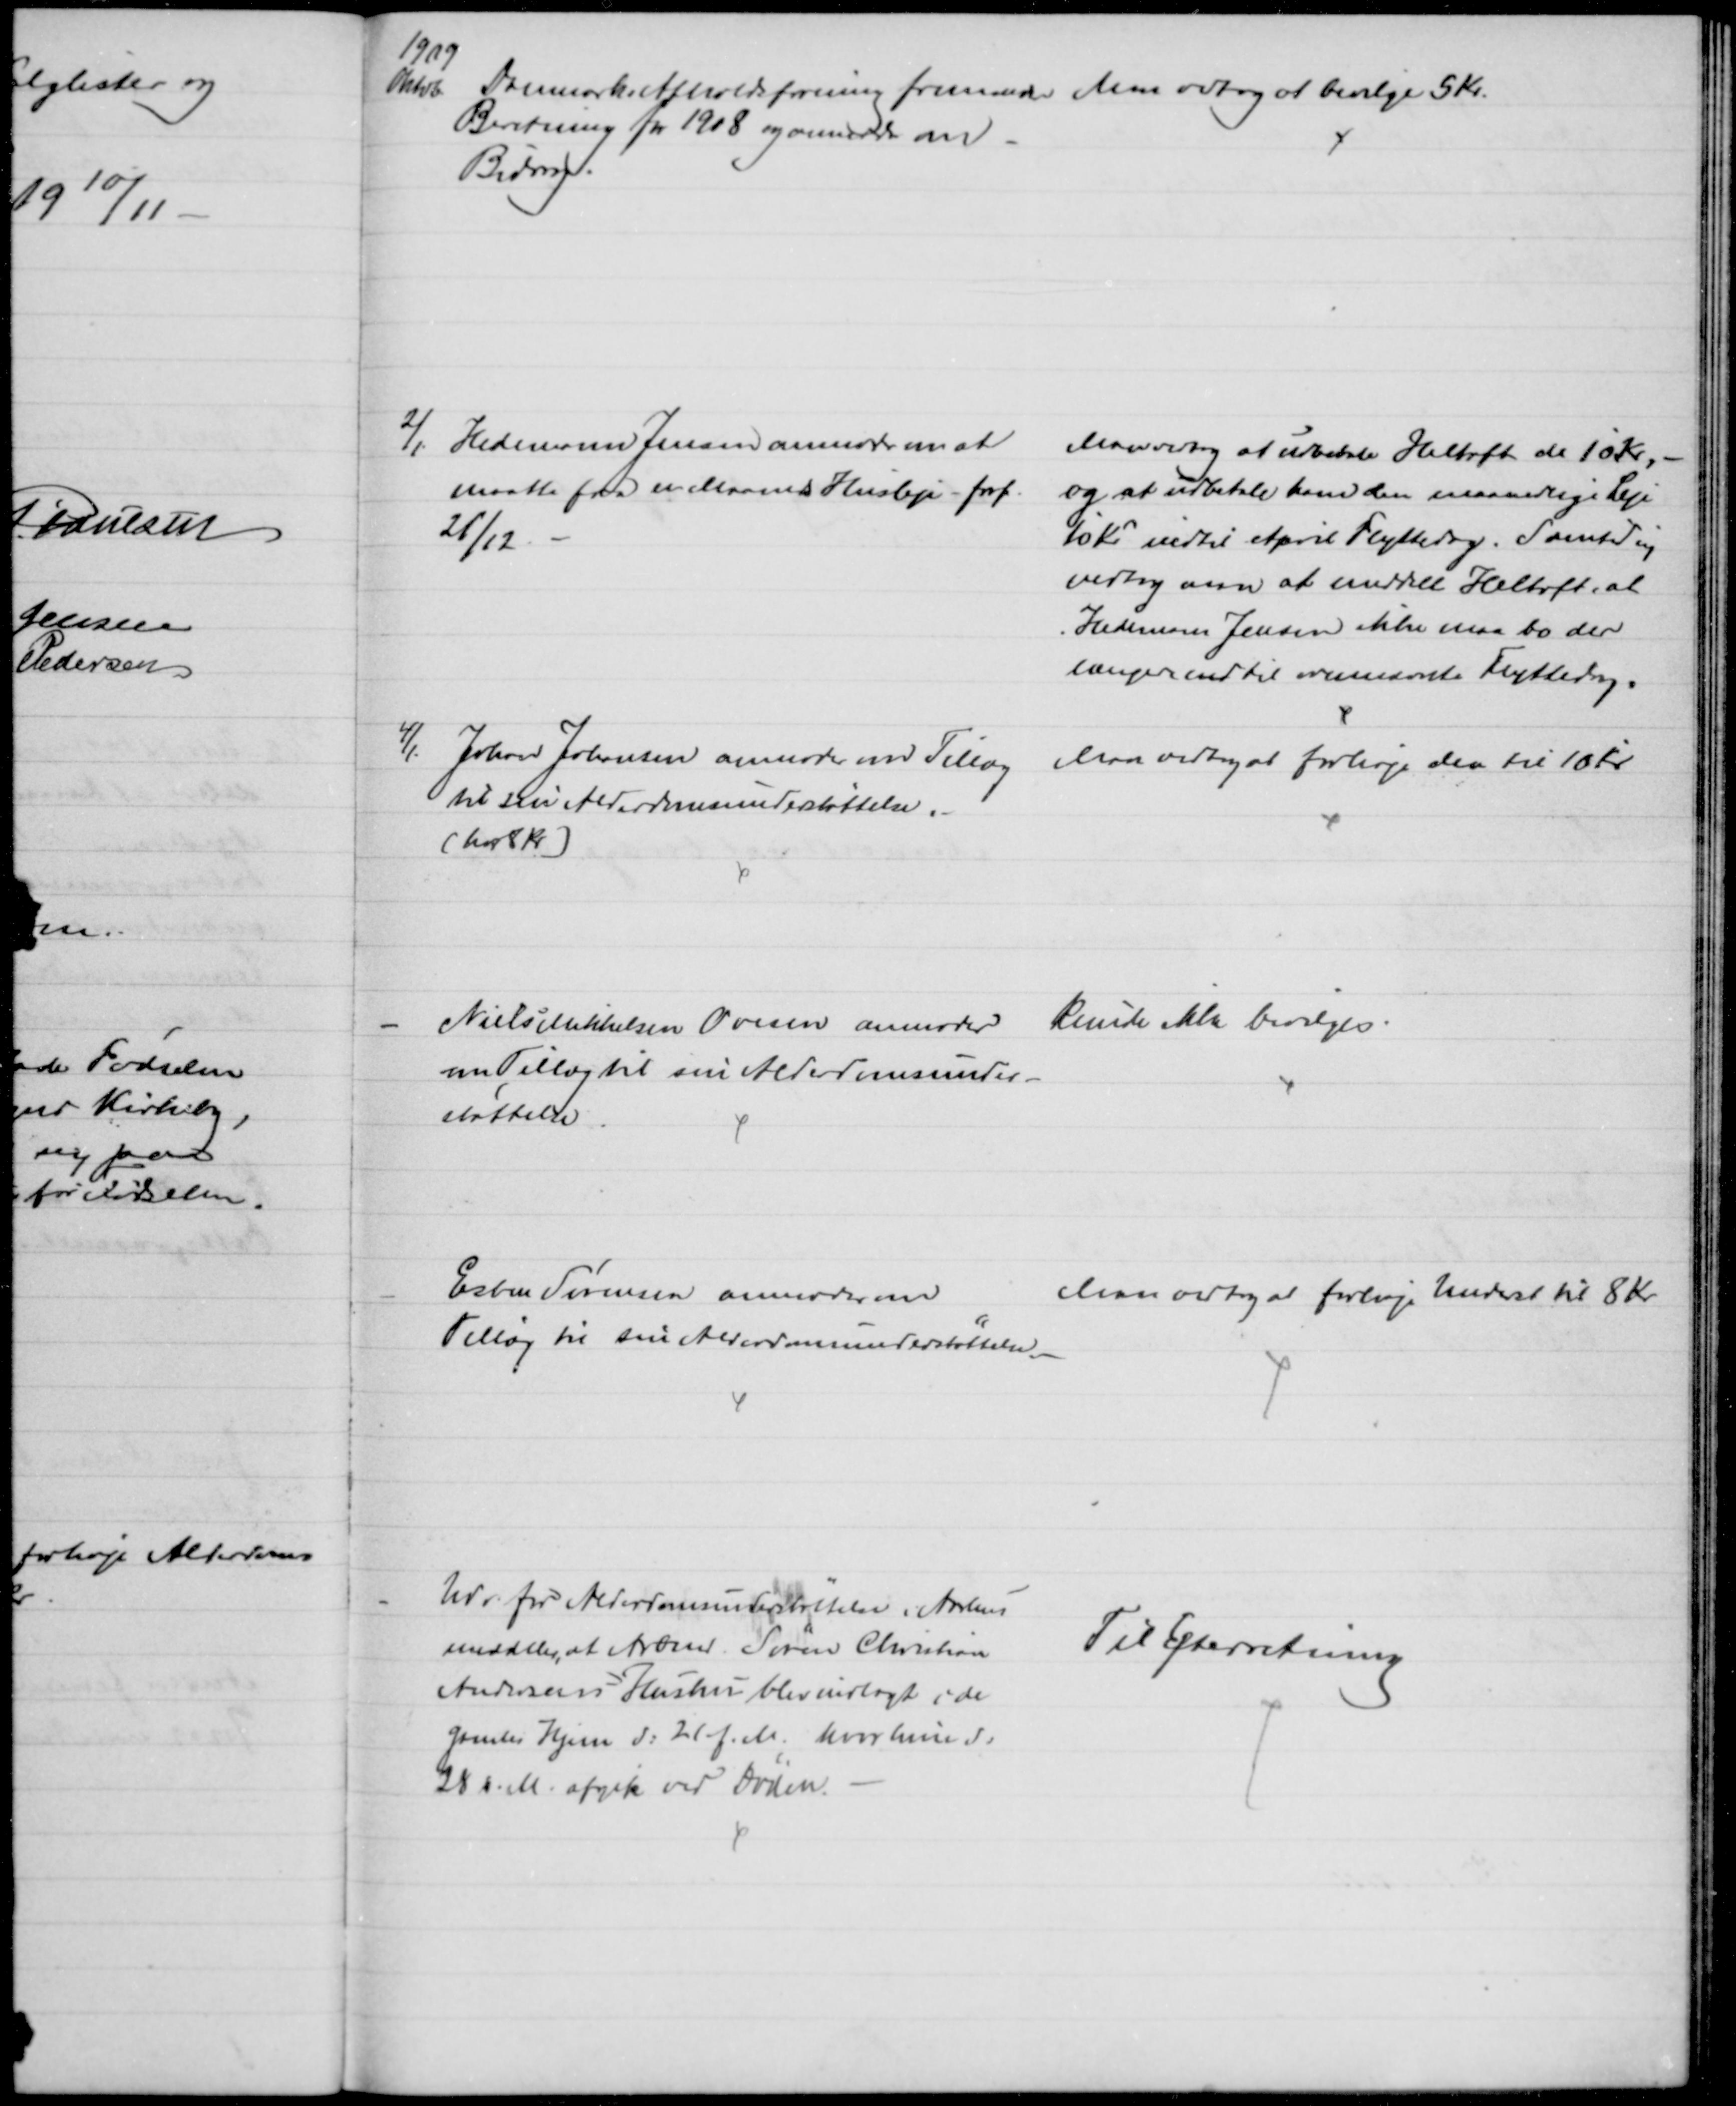
Transskription:
1909
Oktob. Danmarks Afholdsforening fremsender 
Beretning for 1908 og anmoder om
Bidrag.
Men vedtog at bevilge 5 Kr.
2/1 Hedemann Jensen anmoder om at
maatte faa en Maaneds Husleje - forf
21/12
Man vedtog at udbetale Heltoft de 10 Kr,
og at udbetale ham den maanedlige Leje
10 Kr indtil April Flyttedag. Samtidig
vedtog man at meddele Heltoft, at
Hedemann Jensen ikke maa bo der
længere end til ovennævnte Flyttedag.
4/1 Johan Johansen anmoder om Tillæg
til sin Alderdomsunderstøttelse.
(har 8 Kr)
Man vedtog at forhøje den til 10 Kr
Niels Mikkelsen Ovesen anmoder
om Tillæg til sin Alderdomsunder-
støttelse
Kunde ikke bevilges
Esben Sørensen anmoder om
Tillæg til sin Alderdomsunderstøttelse
Man vedtog at forhøje Underst til 8 Kr
Udv. for Alderdomsunderstøttelse i Aarhus
meddeler, at Arbmd. Søren Christian
Andersens Hustru blev indlagt i de
Gamles Hjem d: 21 f. M. hvor hun d:
28 d. M. afgik ved Døden.
Til Efterretning